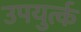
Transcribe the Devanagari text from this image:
उपयुर्त्क